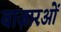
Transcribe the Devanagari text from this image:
बाज़ारओं